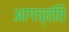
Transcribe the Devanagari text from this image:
आगच्छंति